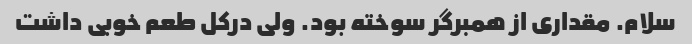
سلام. مقداری از همبرگر سوخته بود. ولی درکل طعم خوبی داشت